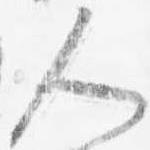
人